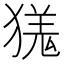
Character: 獇